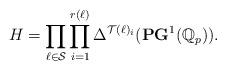
LaTeX: \begin{align*}H=\prod_{\ell\in\mathcal{S}}\prod_{i=1}^{r(\ell)}\Delta^{\mathcal{T}(\ell)_i}(\mathbf{PG}^1(\mathbb{Q}_p)).\end{align*}